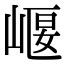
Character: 𡹶